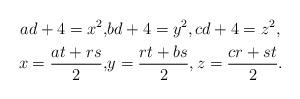
LaTeX: \begin{align*}ad+4=x^2,&bd+4=y^2,cd+4=z^2,\\x=\frac{at+rs}{2},&y=\frac{rt+bs}{2},z=\frac{cr+st}{2}.\end{align*}